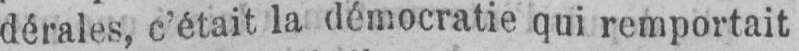
dérales, c’était la démocratie qui remportait